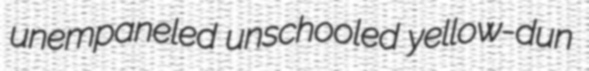
unempaneled unschooled yellow-dun